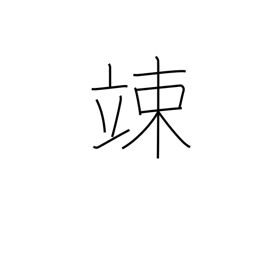
Meaning: cower